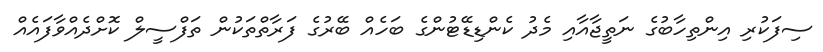
ސިފަކުރި އިންތިހާބުގެ ނަތީޖާއާއި މެދު ކެންޑިޑޭޓުންގެ ބަހެއް ބޭރުގެ ފަރާތްތަކުން ތަފްސީލް ކޮށްދެއްވާފައެއް